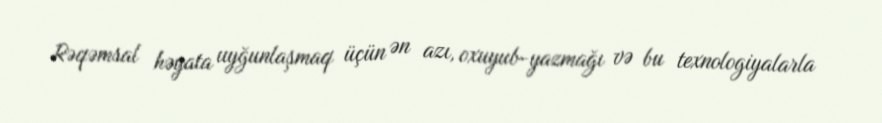
Rəqəmsal həyata uyğunlaşmaq üçün ən azı, oxuyub-yazmağı və bu texnologiyalarla